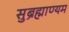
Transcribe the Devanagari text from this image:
सुब्रह्माण्यम